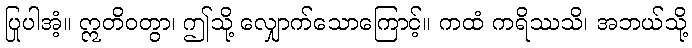
ပြုပါအံ့။ ဣတိဝတွာ၊ ဤသို့ လျှောက်သောကြောင့်။ ကထံ ကရိဿသိ၊ အဘယ်သို့